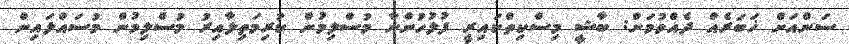
ސަންއަށް ޚަބަރެއް ދެއްވުމަށް: ބާޝީ މިސްކިތްކައިރީ ފުލުހުންނާ މުސްލިމުން ކުރިމަތިލާއިރު މުސްލިމުން މުސައްލައިން